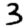
Digit: 3